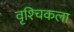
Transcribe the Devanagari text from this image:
वृश्‍चिकला